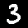
Digit: 3